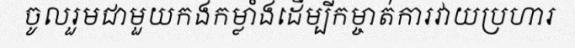
ចូលរួមជាមួយកងកម្លាំងដើម្បីកម្ចាត់ការវាយប្រហារ